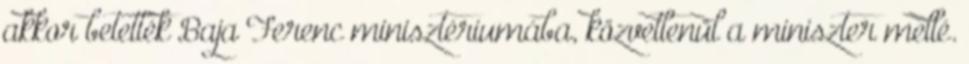
akkor betették Baja Ferenc minisztériumába, közvetlenül a miniszter mellé.